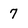
Character: 7